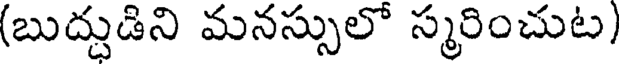
(బుద్దుడిని మనస్సులో స్మరించుట)